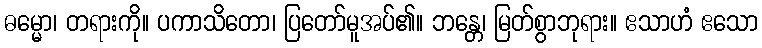
ဓမ္မော၊ တရားကို။ ပကာသိတော၊ ပြတော်မူအပ်၏။ ဘန္တေ၊ မြတ်စွာဘုရား။ ဧသာဟံ ဧသော